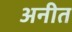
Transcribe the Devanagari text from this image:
अनीत